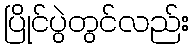
ပြိုင်ပွဲတွင်လည်း